Annual report of the Bengal Veterinary College and of the Civil Veterinary Department, Bengal, for the year 1914-1915 - 1914-1915
Year: 1914
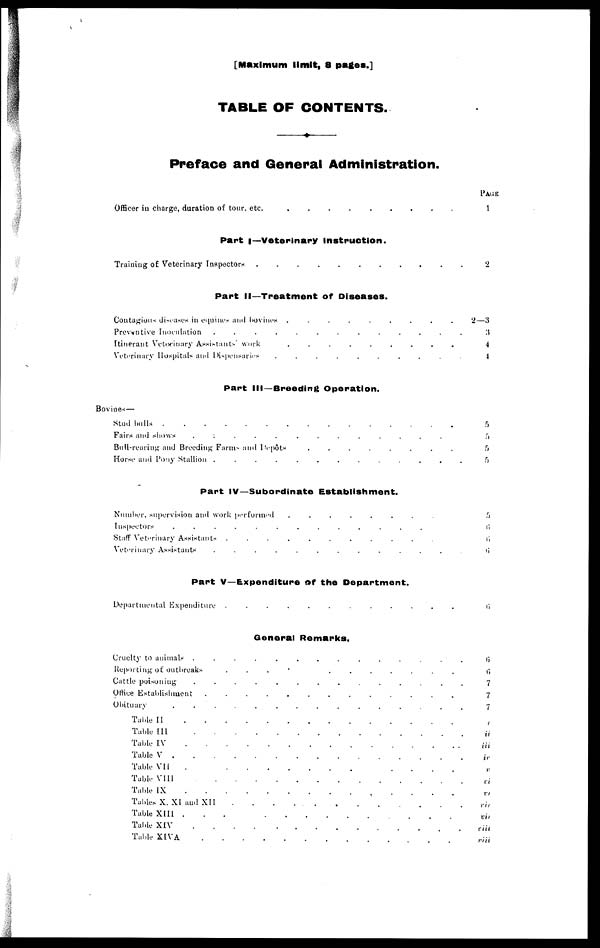
[Maximum limit, 8 pages.]
TABLE OF CONTENTS.
♦
Preface and General Administration.
Part I— Veterinary instruction.
Part II—Treatment of Diseases.
Contagious diseases in equines and bovines
.........
Preventive Inoculation ....................................................
Itinerant Veterinary Assistants work
.........
Veterinary Hospitals and Dispensaries
..........
Part III—Breeding Operation.
Bovines—
Stud hulls
Fairs and shows
...........
Bull-rearing and Breeding Farms and Depôts ...........................................
Horse and Pony Stallion ................................................................
Part IV—Subordinate Establishment.
Number, supervision and work performed
........
Inspectors ............................................................................
Staff Veterinary Assistants
...........
Veterinary Assistants
............
Part V—Expenditure of the Department.
Departmental Expenditure
............
General Remarks.
Cruelty to animals ..................................................
Reporting of outbreaks
......
Cattle poisoning ..............................
Office Establishment
.............
Obituary
...............
Table II
Table III
Table IV
Table V
Table VII
.....
Table VIII
Table IX
Tables X, XI and XII
Table XIII ................
Table XIV
Table XIVA
Page
1
2
2—3
3
4
4
5
5
5
5
5
6
6
6
6
6
6
7
7
7
i
ii
iii
iv
V
vi
VI
vii
vii
viii
viii